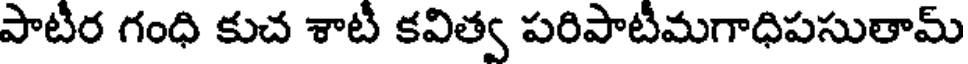
పాటీర గంధి కుచ శాటీ కవిత్వ పరిపాటీమగాధిపసుతామ్